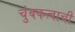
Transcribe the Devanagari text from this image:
चुंबकत्वाची